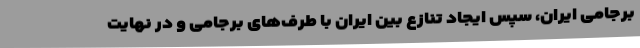
برجامی ایران، سپس ایجاد تنازع بین ایران با طرف‌های برجامی و در نهایت